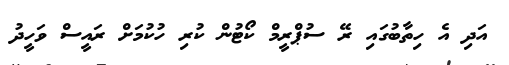
އަދި އެ ހިތާބުގައި ރޭ ސުޕްރީމް ކޯޓުން ކުރި ހުކުމަށް ރައީސް ވަހީދު